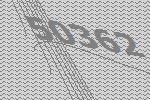
50362